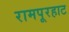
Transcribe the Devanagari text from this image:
रामपूरहाट